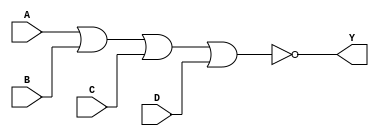
module NOR4 (
	input A, B, C, D,
	output Y
);
	assign Y = !(A | B | C | D);
endmodule